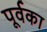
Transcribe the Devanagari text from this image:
पूर्वका